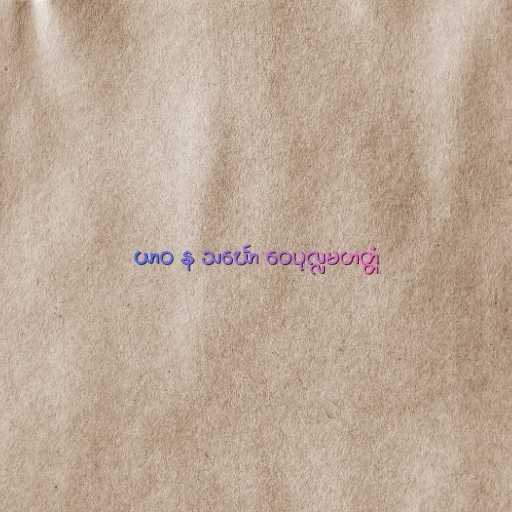
ယာဝ န သင်္ဃော ဝေပုလ္လမဟတ္တံ